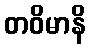
တဝိမာနိ